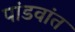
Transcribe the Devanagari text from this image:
पांडवांत